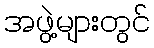
အဖွဲ့များတွင်